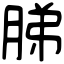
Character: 䏲